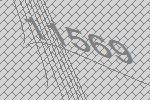
11569